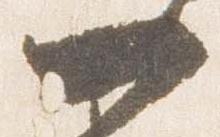
一